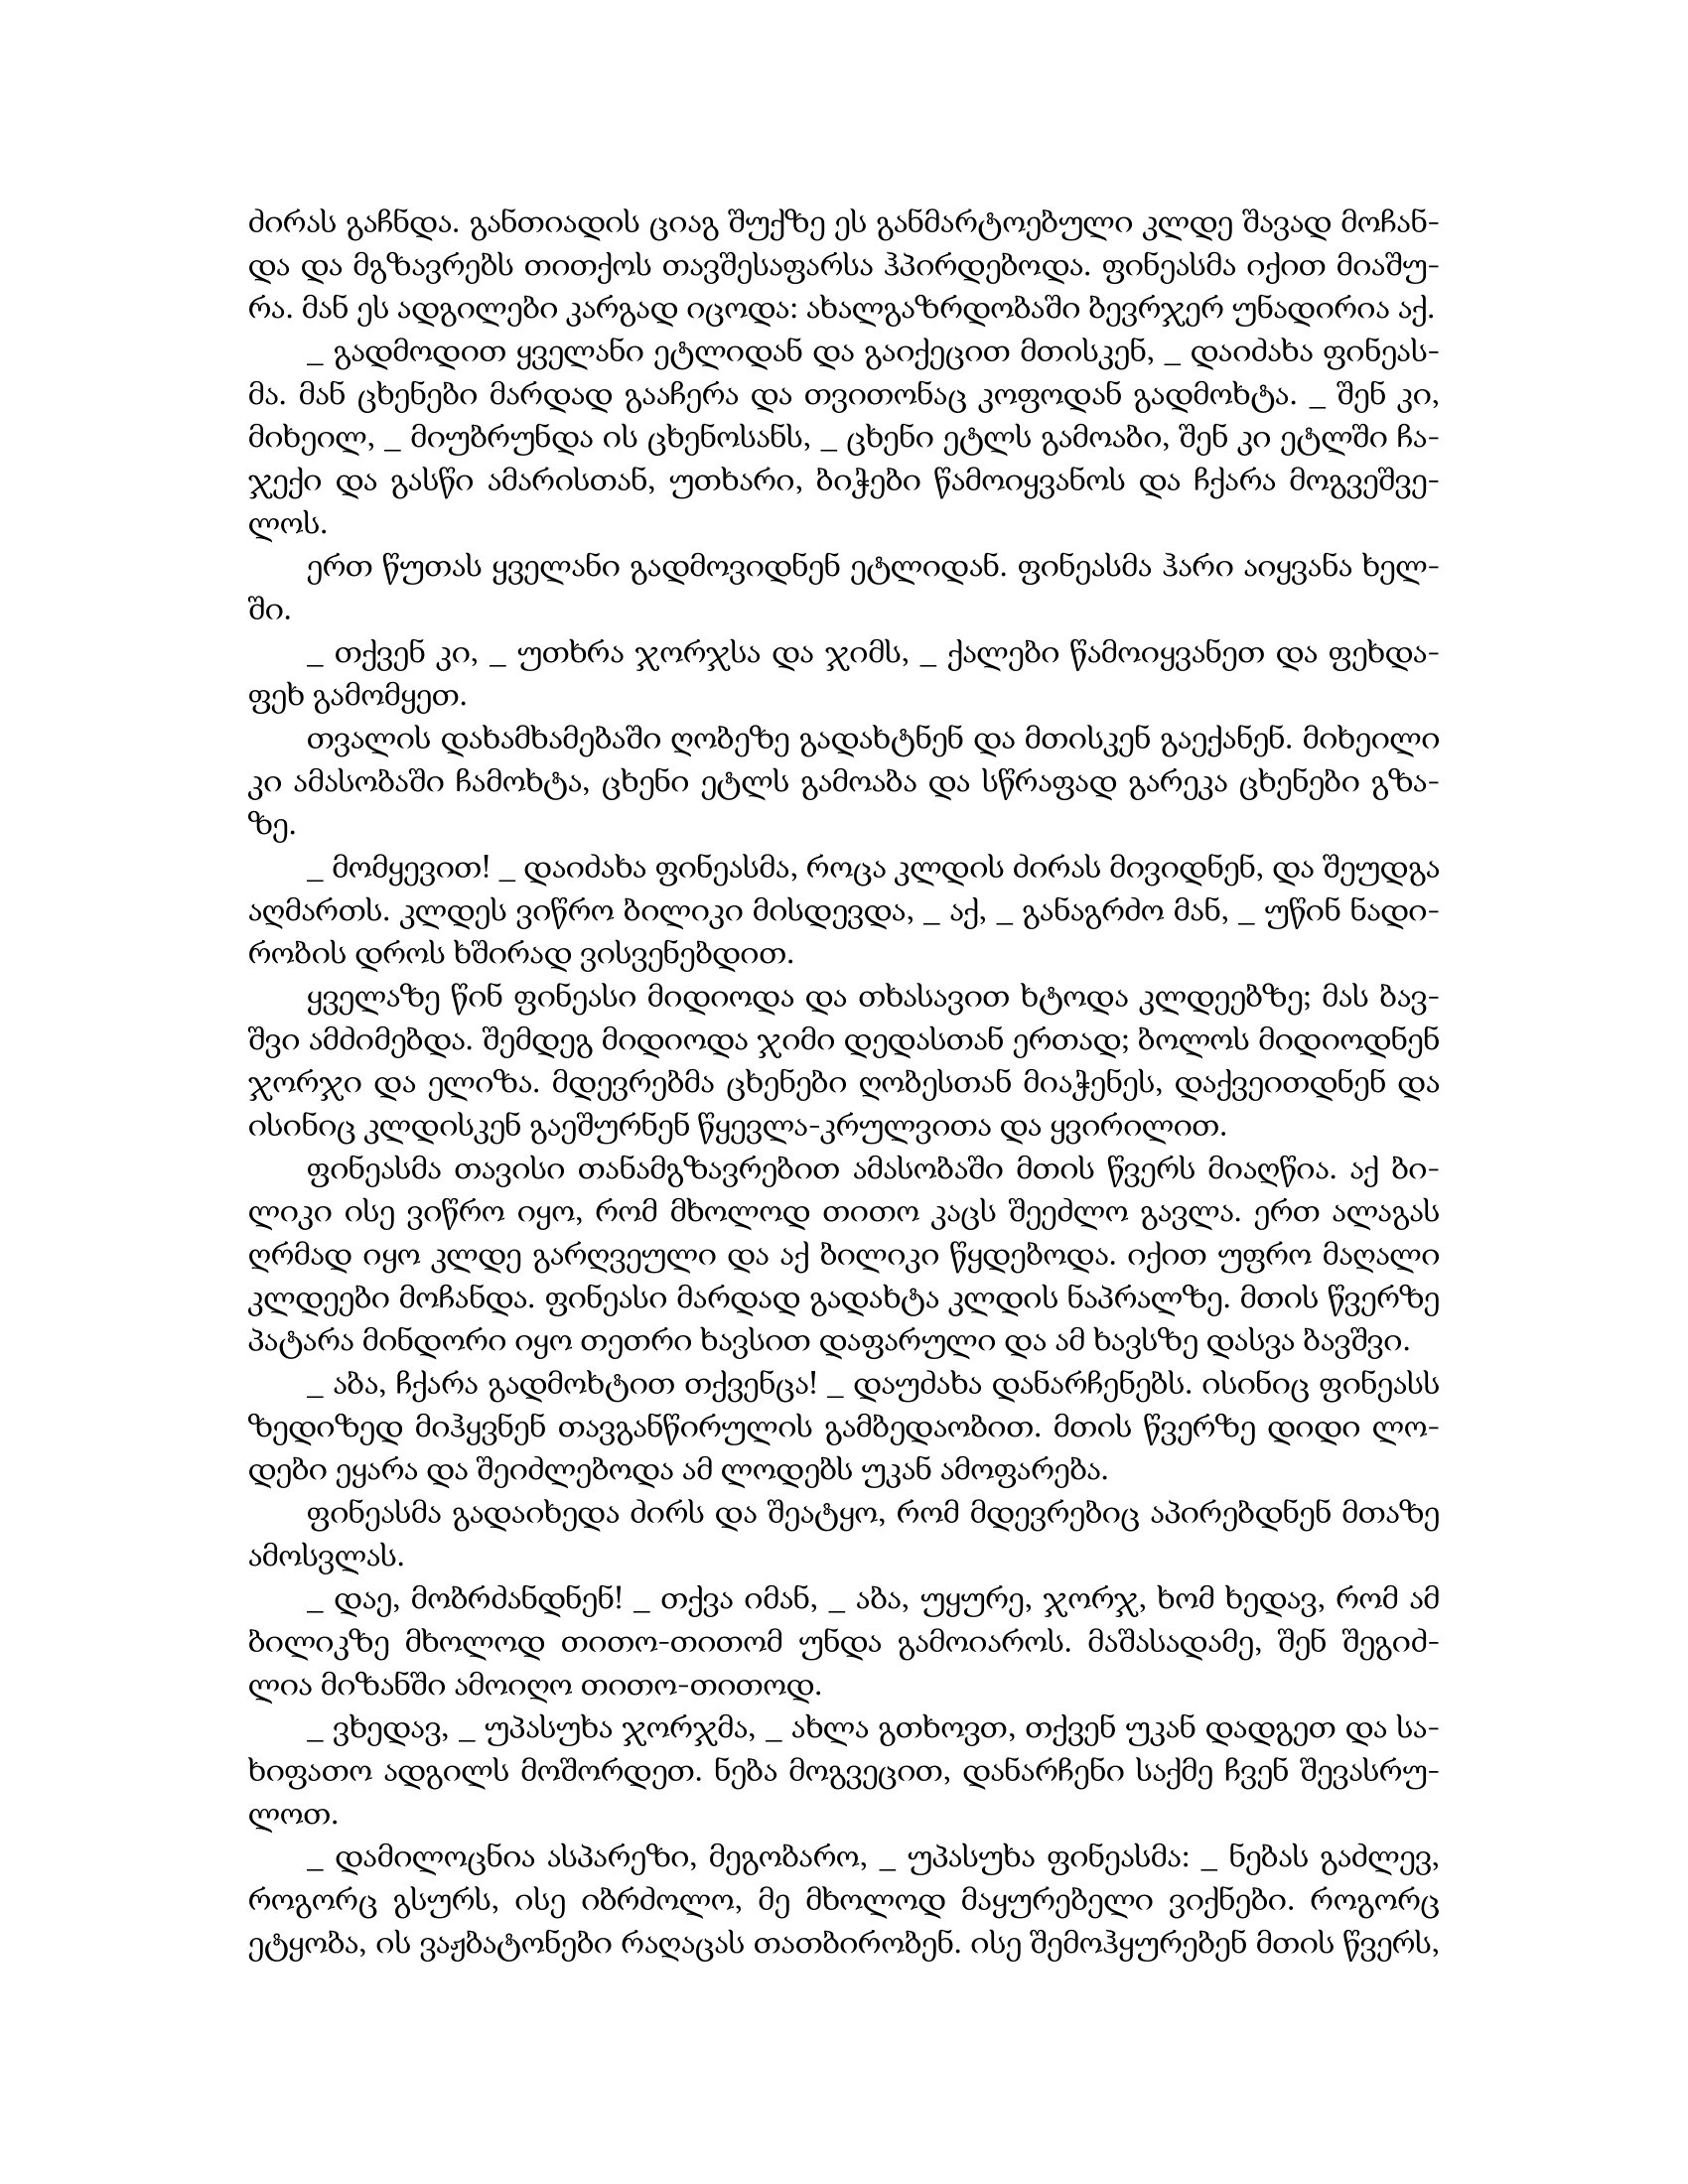
Language: gr